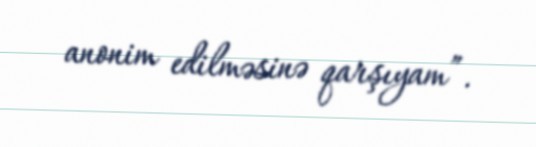
anonim edilməsinə qarşıyam”.